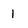
Character: 1